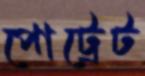
পোট্রেট